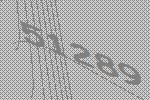
51289